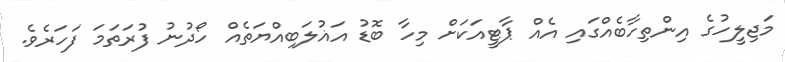
މަޖިލީހުގެ އިންތިހާބެއްގައި އެއް ޕާޓީއަކަށް މިހާ ބޮޑު އަޣުލަބިއްޔަތެއް ހޯދުނު ފުރަތަމަ ފަހަރެވެ.